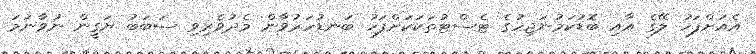
އެއަށްފަހު ލޭގެ އާއި ބޮޑުކަމުނަޖިހުގެ ޓެސްޓުތަކަކަށްފަހު ބަނޑުހަރުވާން މެދުވެރިވި ސަބަބު ޔަގީން ނުވާނަމަ